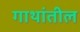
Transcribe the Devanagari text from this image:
गाथांतील